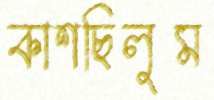
কাশছিলুম